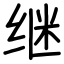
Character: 继